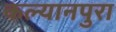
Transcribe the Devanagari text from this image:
कल्यानपुरा